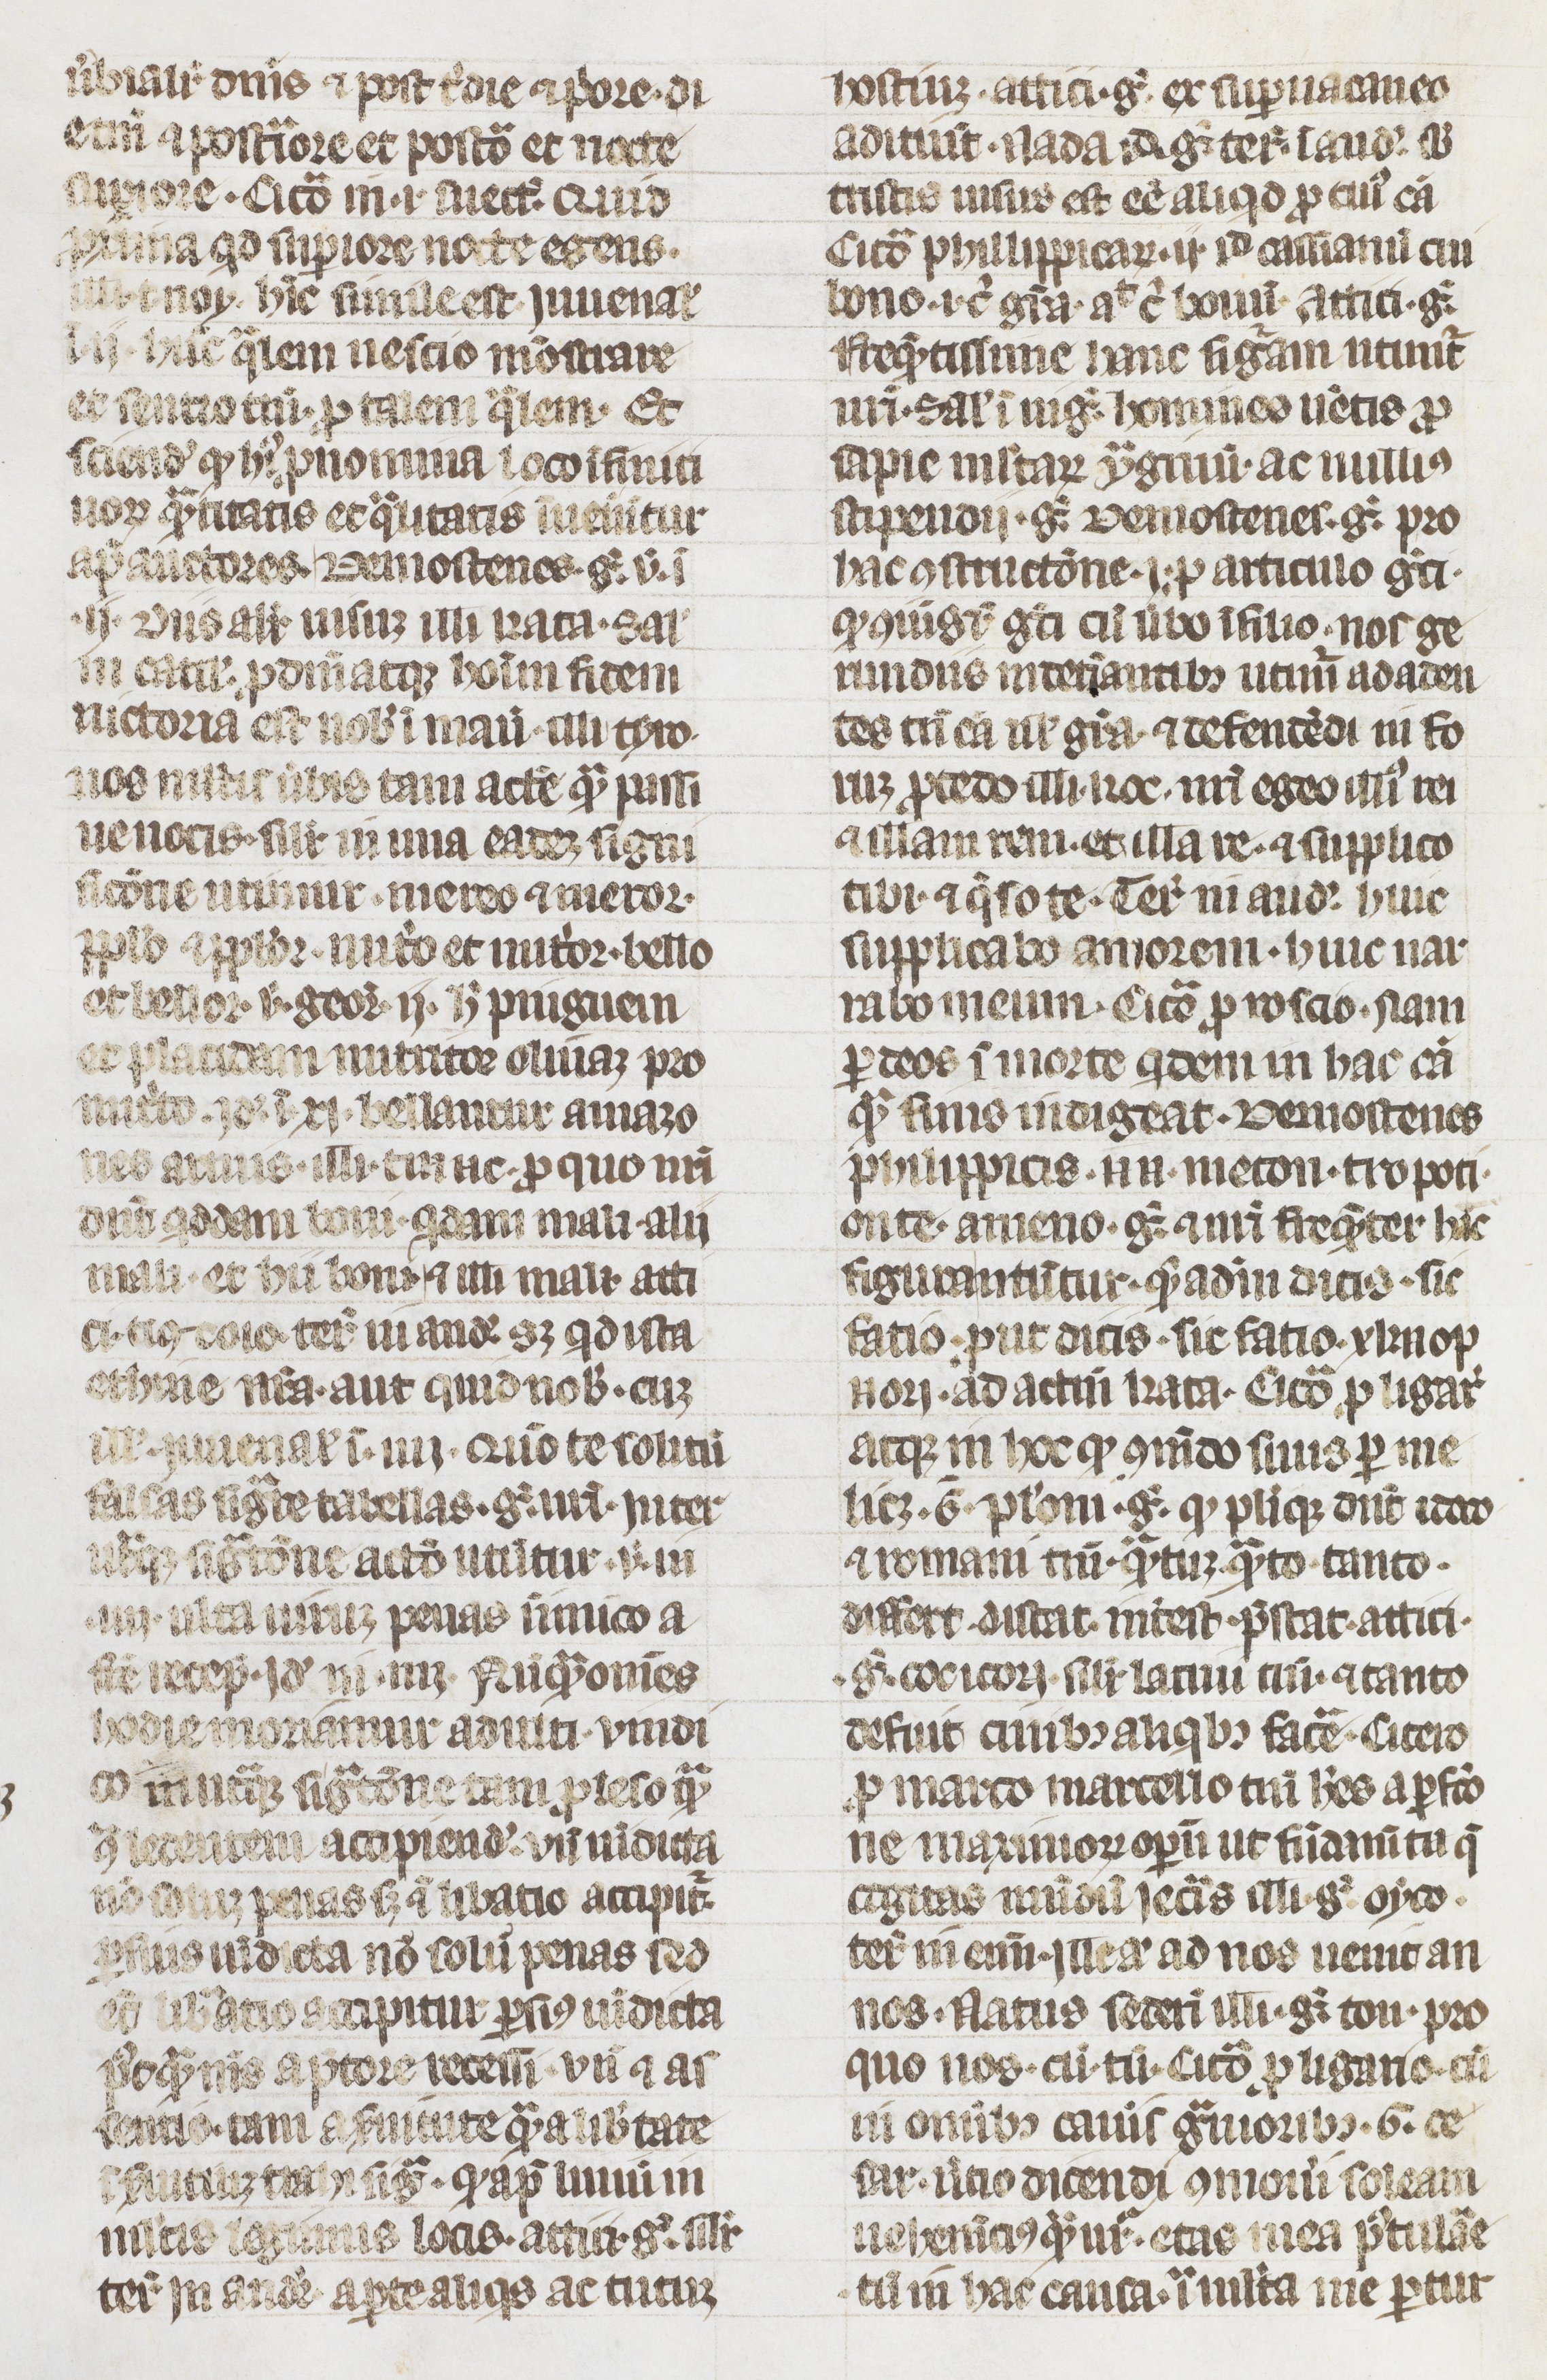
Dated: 1300–1315